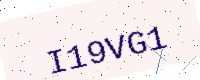
Text: I19VG1